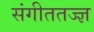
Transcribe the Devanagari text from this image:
संगीततज्ज्ञ